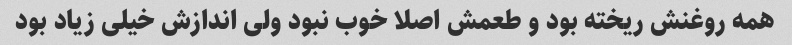
همه روغنش ریخته بود و طعمش اصلا خوب نبود ولی اندازش خیلی زیاد بود